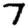
Digit: 7